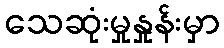
သေဆုံးမှုနှုန်းမှာ